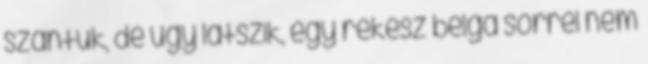
szántuk, de úgy látszik, egy rekesz belga sörrel nem